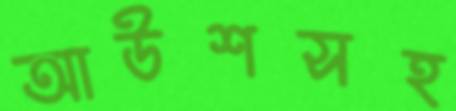
আউশসহ